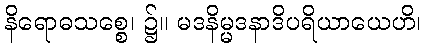
နိရောဓသစ္စေ၊ ၌။ မဒနိမ္မဒနာဒိပရိယာယေဟိ၊